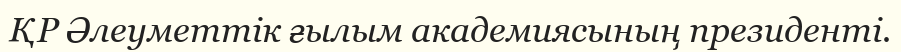
ҚР Әлеуметтік ғылым академиясының президенті.